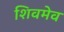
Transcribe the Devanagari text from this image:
शिवमेव